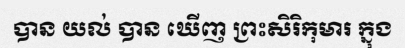
បាន យល់ បាន ឃើញ ព្រះសិរិកុមារ ក្នុង